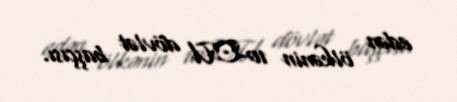
edən ölkənin 10-CU dövlət başçısı.